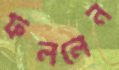
ফললেন